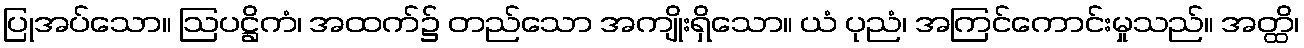
ပြုအပ်သော။ ဩပဋ္ဌိကံ၊ အထက်၌ တည်သော အကျိုးရှိသော။ ယံ ပုညံ၊ အကြင်ကောင်းမှုသည်။ အတ္ထိ၊